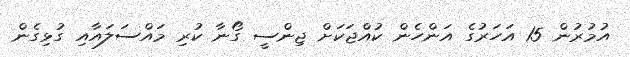
އުމުރުން 15 އަހަރުގެ އަންހެން ކުއްޖަކަށް ޖިންސީ ގޯނާ ކުރި މައްސަލައާއި ގުޅިގެން